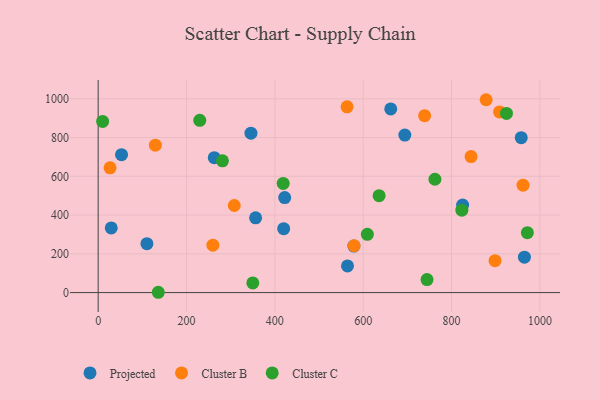
{"axis": {"x": "Engine Size", "y": "Salary"}, "legend": ["Cluster B", "Cluster C", "Projected"], "data": [{"x": "420.0", "y": 330.0, "type": "Projected"}, {"x": "422.3", "y": 490.3, "type": "Projected"}, {"x": "29.6", "y": 333.9, "type": "Projected"}, {"x": "564.5", "y": 137.8, "type": "Projected"}, {"x": "957.8", "y": 799.7, "type": "Projected"}, {"x": "356.4", "y": 386.0, "type": "Projected"}, {"x": "662.4", "y": 948.0, "type": "Projected"}, {"x": "345.9", "y": 822.9, "type": "Projected"}, {"x": "110.4", "y": 252.3, "type": "Projected"}, {"x": "52.9", "y": 711.8, "type": "Projected"}, {"x": "965.0", "y": 182.7, "type": "Projected"}, {"x": "694.3", "y": 813.1, "type": "Projected"}, {"x": "262.9", "y": 696.0, "type": "Projected"}, {"x": "825.1", "y": 451.7, "type": "Projected"}, {"x": "578.9", "y": 240.0, "type": "Projected"}, {"x": "259.7", "y": 244.5, "type": "Cluster B"}, {"x": "579.4", "y": 241.8, "type": "Cluster B"}, {"x": "961.9", "y": 554.1, "type": "Cluster B"}, {"x": "26.9", "y": 644.0, "type": "Cluster B"}, {"x": "739.1", "y": 913.1, "type": "Cluster B"}, {"x": "898.5", "y": 164.9, "type": "Cluster B"}, {"x": "129.5", "y": 760.7, "type": "Cluster B"}, {"x": "878.3", "y": 995.3, "type": "Cluster B"}, {"x": "844.2", "y": 702.0, "type": "Cluster B"}, {"x": "563.5", "y": 958.9, "type": "Cluster B"}, {"x": "908.7", "y": 932.2, "type": "Cluster B"}, {"x": "308.1", "y": 449.5, "type": "Cluster B"}, {"x": "281.4", "y": 679.8, "type": "Cluster C"}, {"x": "10.1", "y": 883.5, "type": "Cluster C"}, {"x": "762.4", "y": 584.8, "type": "Cluster C"}, {"x": "230.0", "y": 889.0, "type": "Cluster C"}, {"x": "636.0", "y": 500.2, "type": "Cluster C"}, {"x": "350.1", "y": 50.0, "type": "Cluster C"}, {"x": "823.4", "y": 425.2, "type": "Cluster C"}, {"x": "136.1", "y": 1.6, "type": "Cluster C"}, {"x": "418.9", "y": 563.3, "type": "Cluster C"}, {"x": "744.5", "y": 67.1, "type": "Cluster C"}, {"x": "609.4", "y": 300.7, "type": "Cluster C"}, {"x": "924.4", "y": 924.6, "type": "Cluster C"}, {"x": "971.7", "y": 309.2, "type": "Cluster C"}]}